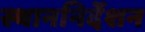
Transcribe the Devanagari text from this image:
स्थाननिर्देशन